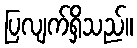
ပြလျက်ရှိသည်။